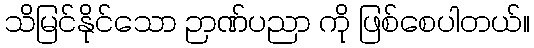
သိမြင်နိုင်သော ဉာဏ်ပညာ ကို ဖြစ်စေပါတယ်။